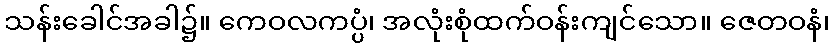
သန်းခေါင်အခါ၌။ ကေဝလကပ္ပံ၊ အလုံးစုံထက်ဝန်းကျင်သော။ ဇေတဝနံ၊